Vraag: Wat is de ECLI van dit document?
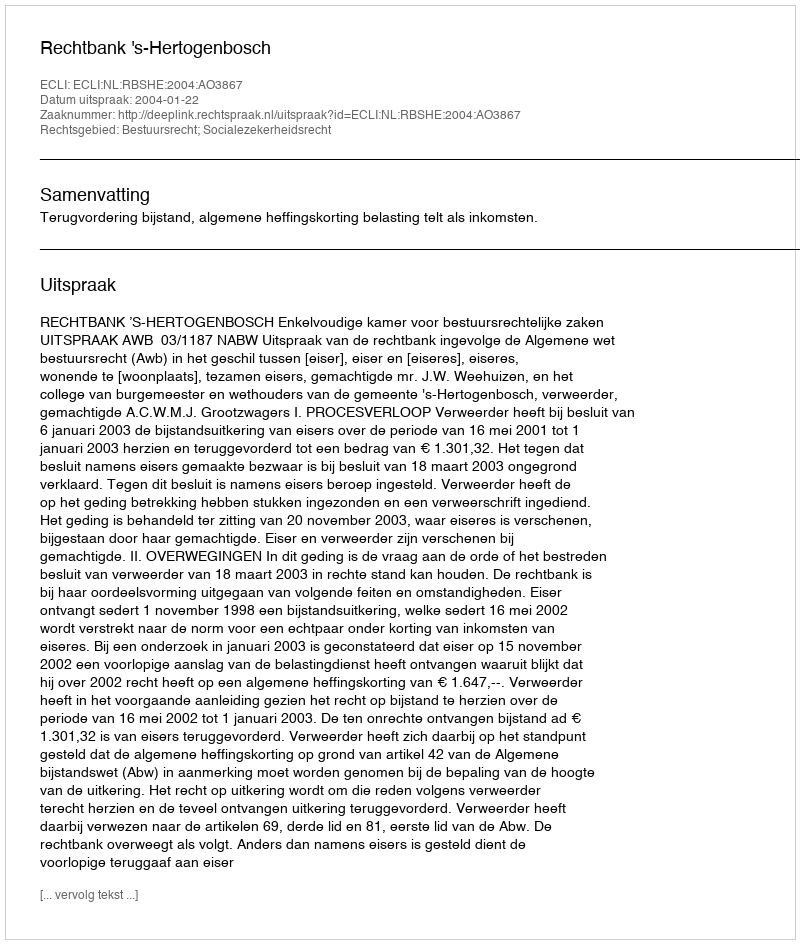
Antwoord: ECLI:NL:RBSHE:2004:AO3867